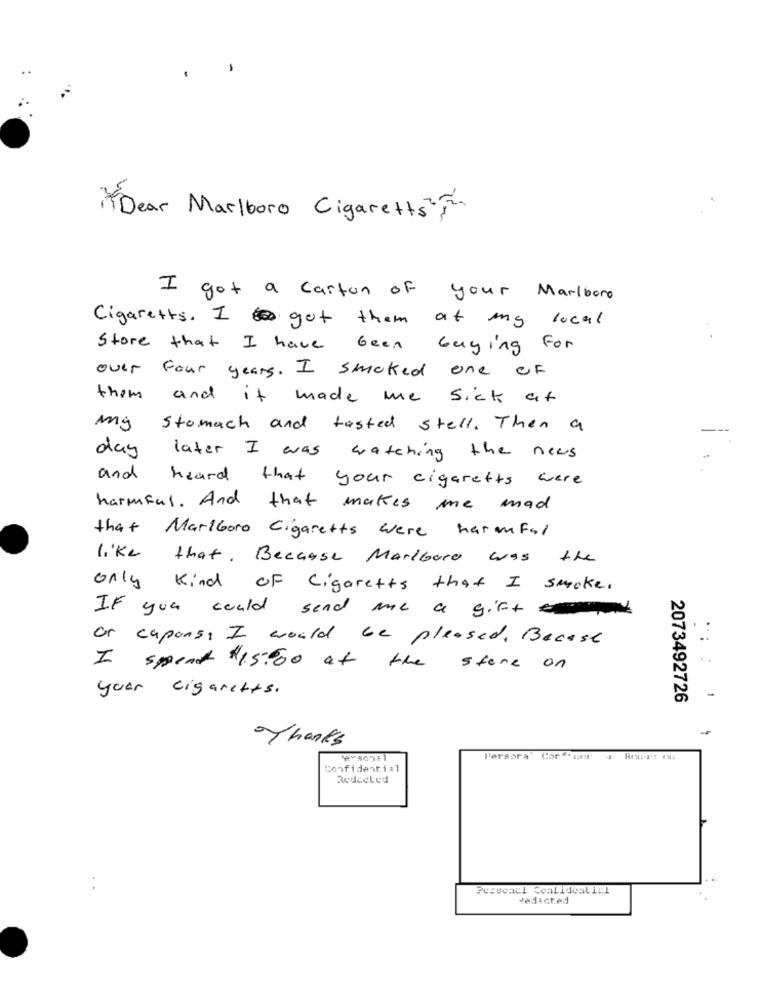
"Dear Marlboro Cigarettes",
I got a carton of your Marlboro
Cigaretts. It got them at my local
Store that I have been buying For
over four years. I smoked one OF
them and it made me sick at
my stomach and tasted stell . Then a
day
later I was watching the news
and heard that your cigaretts were
harmful. And that makes me mad
that Marlboro Cigarettes were harmful
like that , Because Marlboro was
the
only Kind OF Cigarettes that I smoke.
If you could send me a gift
or capons, I would be pleased, Because
I spend $1.5.000 at the store on
.::
your cigarettes.
2073492726
1
-
Thanks
Persora Cores our
Confidential
Reducled
Pcsvonal Coalidealicl
dedicted